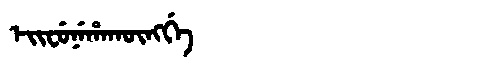
Manchu: ᡝᡳᠸᡠᠨᡝᡥᠠᡴᡡᠩᡤᡝ
Romanization: EIFUNEHAKŪNGGE